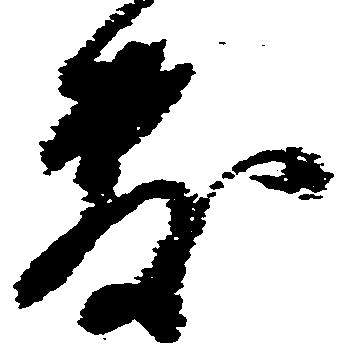
敷